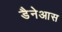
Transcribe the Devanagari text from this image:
डैनेआस